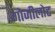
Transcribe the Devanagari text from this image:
गोजीलोट